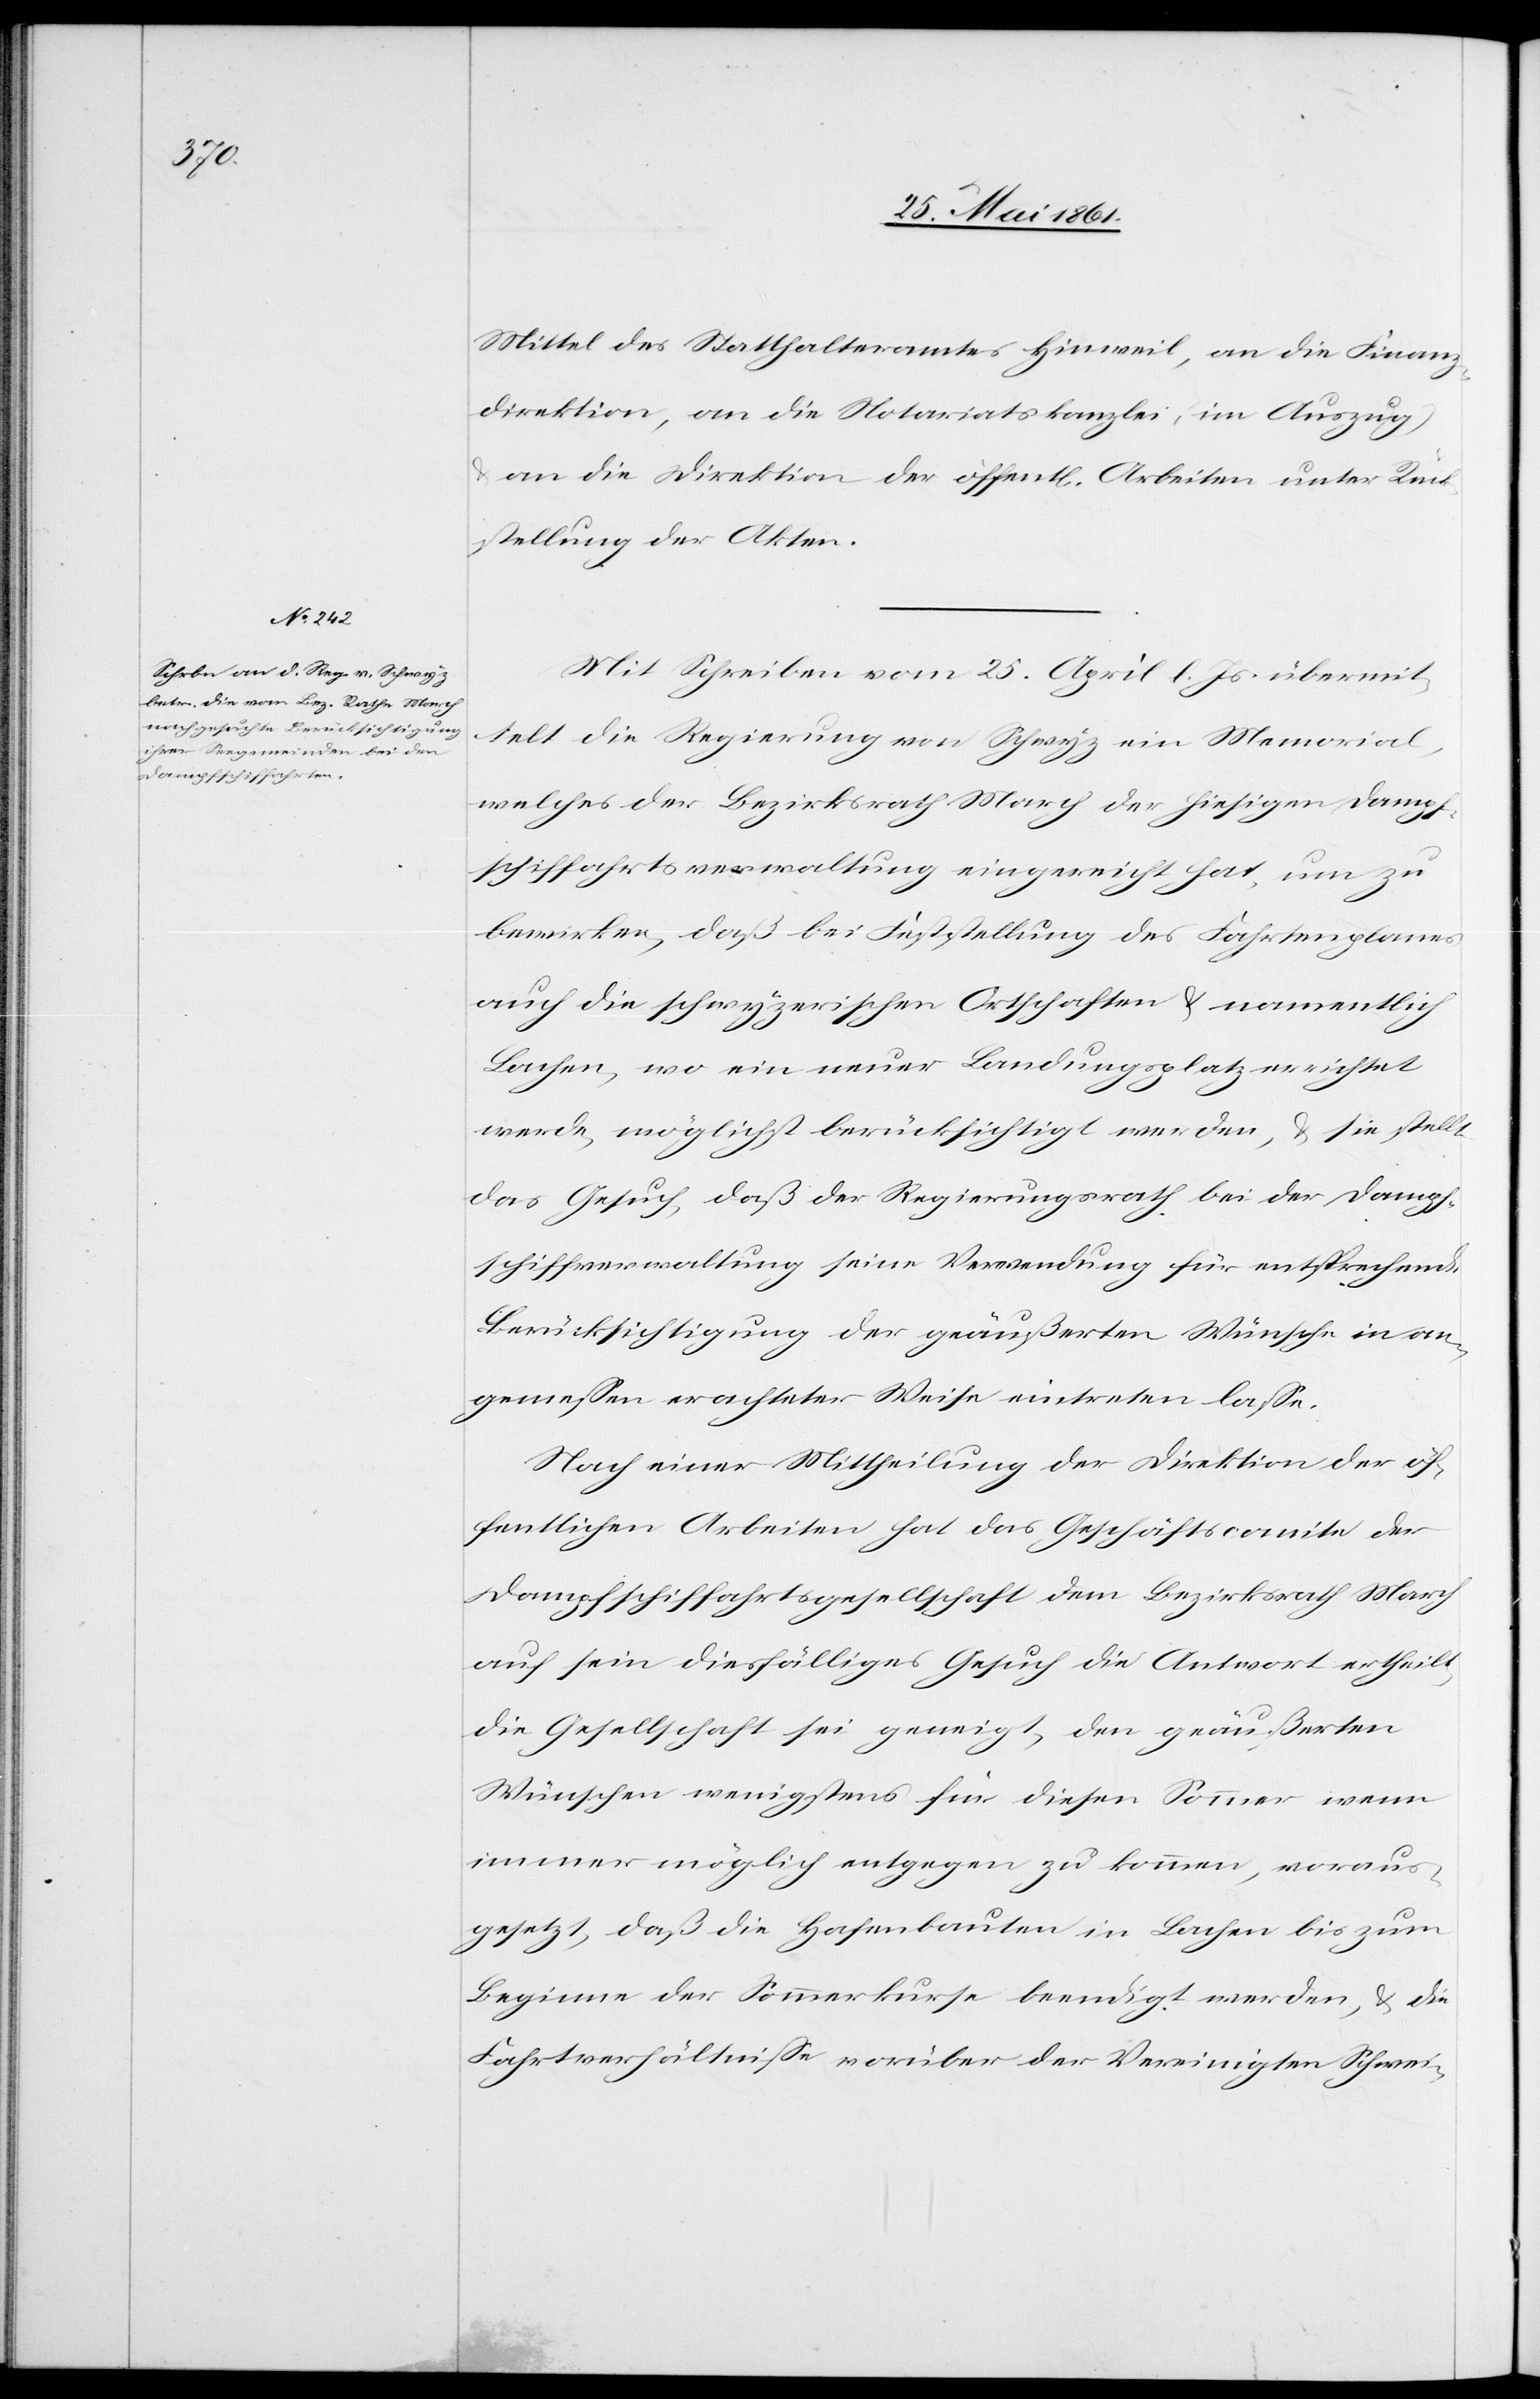
Mittel des Statthalteramtes Hinweil, an die Finanz¬
direktion, an die Notariatskanzlei (im Auszug)
an die Direktion der öffent[lichen] Arbeiten unter Rück¬
sendung der Akten.
Mit Schreiben vom 25. April l. Js. übermit¬
telt die Regierung von Schwyz ein Memorial,
welches der Bezirksrath March der hiesigen Dampf¬
schiffahrtsverwaltung eingereicht hat, um zu
bewirken, daß bei Feststellung des Fahrtenplanes
auch die schwyzerischen Ortschaften u. namentlich
Lachen, wo ein neuer Landungsplatz errichtet
werde, möglichst berücksichtigt werden, u. sie stellt
das Gesuch, daß der Regierungsrath bei der Dampf¬
schiffverwaltung seine Verwendung für entsprechende
Berücksichtigung der geäußerten Wünsche in an¬
gemessen erachteter Weise eintreten lasse.
Nach einer Mittheilung der Direktion der öf¬
fentlichen Arbeiten hat das Geschäftscomite der
Dampfschiffahrtsgesellschaft dem Bezirksrath March
auf sein diesfälliges Gesuch die Antwort ertheilt,
die Gesellschaft sei geneigt, den geäußerten
Wünschen wenigstens für diesen Sommer wenn
immer möglich entgegen zu kommen, voraus¬
gesetzt, daß die Hafenbauten in Lachen bis zum
Beginne der Sommerkurse beendigt werden, u. die
Fahrtverhältnisse worüber der Vereinigten Schwei-